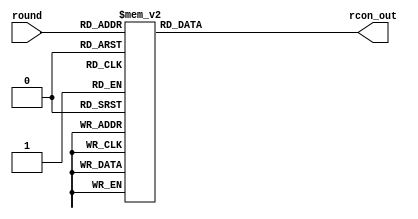
`timescale 1ns / 1ps
//////////////////////////////////////////////////////////////////////////////////
// Company: 
// Engineer: 
// 
// Design Name: 
// Module Name: Rcon
// Project Name: 
// Target Devices: 
// Tool Versions: 
// Description: 
// 
// Dependencies: 
// 
// Revision:
// Revision 0.01 - File Created
// Additional Comments:
// 
//////////////////////////////////////////////////////////////////////////////////


module Rcon(
    input  [3:0] round,
    output reg [31:0] rcon_out
    );
    
    always @(*)
 case(round)
    4'h1: rcon_out=32'h01000000;
    4'h2: rcon_out=32'h02000000;
    4'h3: rcon_out=32'h04000000;
    4'h4: rcon_out=32'h08000000;
    4'h5: rcon_out=32'h10000000;
    4'h6: rcon_out=32'h20000000;
    4'h7: rcon_out=32'h40000000;
    4'h8: rcon_out=32'h80000000;
    4'h9: rcon_out=32'h1b000000;
    4'ha: rcon_out=32'h36000000;
    default: rcon_out=32'h00000000;
  endcase
endmodule